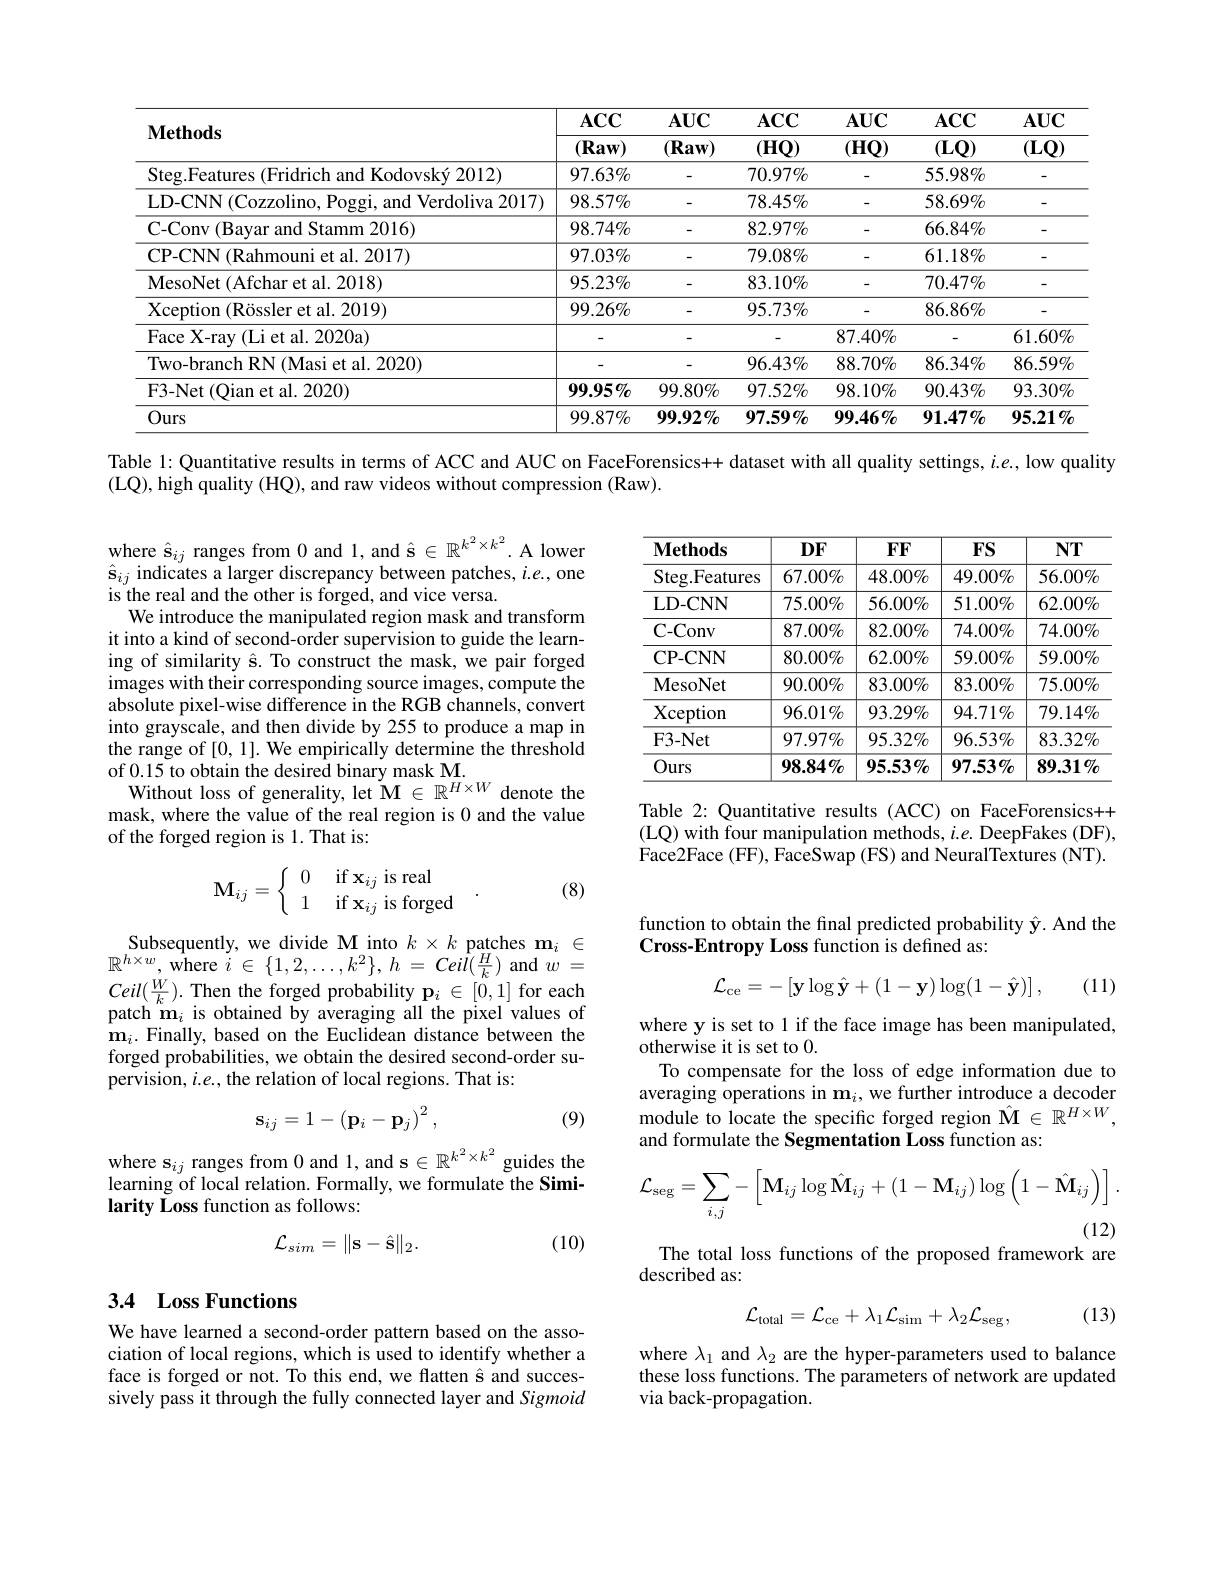
<table>
	<tbody>
		<tr>
			<th>$\mathbf{Methods}$</th>
			<th>$\mathbf{ACC}$ $(\mathbf{Raw})$</th>
			<th>$\mathbf{AUC}$ $(\mathbf{Raw})$</th>
			<th>$ACC$ $(\mathbf{HQ})$</th>
			<th>$AUC$ $(\mathbf{HQ})$</th>
			<th>$ACC$ $(\mathbf{LQ})$</th>
			<th>$\mathbf{AUC}$ $(\mathbf{LQ})$</th>
		</tr>
		<tr>
			<td>Steg.Features (Fridrich and Kodovský 2012)</td>
			<td>$97.63\%$</td>
			<td> </td>
			<td>$70.97\%$</td>
			<td> </td>
			<td>$55.98\%$</td>
			<td> </td>
		</tr>
		<tr>
			<td>LD-CNN (Cozzolino, Poggi, and Verdoliva 2017)</td>
			<td>$98.57\%$</td>
			<td> </td>
			<td>$78.45\%$</td>
			<td> </td>
			<td>$58.69\%$</td>
			<td> </td>
		</tr>
		<tr>
			<td>C- Conv ( Bayar and Stamm 2016) </td>
			<td>$98.74\%$</td>
			<td> </td>
			<td>$82.97\%$</td>
			<td> </td>
			<td>$66.84\%$</td>
			<td> </td>
		</tr>
		<tr>
			<td>CP-CNN(Rahmouni et al. 2017)</td>
			<td>$97.03\%$</td>
			<td> </td>
			<td>$79.08\%$</td>
			<td> </td>
			<td>$61.18\%$</td>
			<td> </td>
		</tr>
		<tr>
			<td>MesoNet ( Afchar et al. 2018) </td>
			<td>$95.23\%$</td>
			<td> </td>
			<td>$83.10\%$</td>
			<td> </td>
			<td>$70.47\%$</td>
			<td> </td>
		</tr>
		<tr>
			<td>Xception (Rössler et al. 2019)</td>
			<td>$99.26\%$</td>
			<td> </td>
			<td>$95.73\%$</td>
			<td> </td>
			<td>$86.86\%$</td>
			<td> </td>
		</tr>
		<tr>
			<td>Face X-ray (Li et al. 2020a)</td>
			<td> </td>
			<td> </td>
			<td> </td>
			<td>$87.40\%$</td>
			<td> </td>
			<td>$61.60\%$</td>
		</tr>
		<tr>
			<td>Two-branch RN (Masi et al. 2020)</td>
			<td> </td>
			<td> </td>
			<td>$96.43\%$</td>
			<td>$88.70\%$</td>
			<td>$86.34\%$</td>
			<td>$86.59\%$</td>
		</tr>
		<tr>
			<td>F3-Net (Qian et al. 2020)</td>
			<td>$99.95\%$</td>
			<td>$99.80\%$</td>
			<td>$97.52\%$</td>
			<td>$98.10\%$</td>
			<td>$90.43\%$</td>
			<td>$93.30\%$</td>
		</tr>
		<tr>
			<td>Ours</td>
			<td>$99.87\%$</td>
			<td>$99.92\%$</td>
			<td>$97.59\%$</td>
			<td>$99.46\%$</td>
			<td>$\mathbf{91.47}\%$</td>
			<td>$95.21\%$</td>
		</tr>
	</tbody>
</table>

Table 1: Quantitative results in terms of ACC and AUC on FaceForensics++ dataset with all quality settings, $i.e.$, low quality

(LQ), high quality (HQ), and raw videos without compression (Raw).

<table>
	<tbody>
		<tr>
			<th>$\mathbf{Methods}$</th>
			<th>$DF$</th>
			<th>$FFF$</th>
			<th>$FS$</th>
			<th>$NT$</th>
		</tr>
		<tr>
			<td>Steg.Features</td>
			<td>$67.00\%$</td>
			<td>$48.00\%$</td>
			<td>$49.00\%$</td>
			<td>$56.00\%$</td>
		</tr>
		<tr>
			<td>LD- CNN</td>
			<td>$75.00\%$</td>
			<td>$56.00\%$</td>
			<td>$51.00\%$</td>
			<td>$62.00\%$</td>
		</tr>
		<tr>
			<td>C- Conv</td>
			<td>$87.00\%$</td>
			<td>$82.00\%$</td>
			<td>$74.00\%$</td>
			<td>$74.00\%$</td>
		</tr>
		<tr>
			<td>CP- CNN</td>
			<td>$80.00\%$</td>
			<td>$62.00\%$</td>
			<td>$59.00\%$</td>
			<td>$59.00\%$</td>
		</tr>
		<tr>
			<td>MesoNet</td>
			<td>$90.00\%$</td>
			<td>$83.00\%$</td>
			<td>$83.00\%$</td>
			<td>$75.00\%$</td>
		</tr>
		<tr>
			<td>Xception</td>
			<td>$96.01\%$</td>
			<td>$93.29\%$</td>
			<td>$94.71\%$</td>
			<td>$79.14\%$</td>
		</tr>
		<tr>
			<td>$\mathbf{F3-Net}$</td>
			<td>$97.97\%$</td>
			<td>$95.32\%$</td>
			<td>$96.53\%$</td>
			<td>$83.32\%$</td>
		</tr>
		<tr>
			<td>Ours</td>
			<td>$98.84\%$</td>
			<td>$95.53\%$</td>
			<td>$97.53\%$</td>
			<td>$89.31\%$</td>
		</tr>
	</tbody>
</table>

where $\hat{\mathbf{s}}_{ij}$ ranges from 0 and 1, and $\hat{\mathbf{s}}\in\mathbb{R}^k^2\times k^2.$ A lower $\hat{\mathbf{s}}_{ij}$ indicates a larger discrepancy between patches, $i.e.$,one is the real and the other is forged, and vice versa.
We introduce the manipulated region mask and transform it into a kind of second-order supervision to guide the learning of similarity ê. To construct the mask, we pair forged images with their corresponding source images, compute the absolute pixel-wise difference in the RGB channels, convert into grayscale, and then divide by 255 to produce a map in the range of [0, 1]. We empirically determine the threshold of 0.15 to obtain the desired binary mask M.
Without loss of generality, let $\mathbf{M}\in\mathbb{R}^{H\times W}$ denote the mask, where the value of the real region is 0 and the value of the forged region is 1.That is:

Table 2: Quantitative results (ACC) on FaceForensics++ (LQ) with four manipulation methods, $i.e.$ DeepFakes (DF), Face2Face ( FF) , FaceSwap ( FS) and NeuralTextures ( NT) .

(8)
$$\mathbf{M}_{ij}=\left\{\begin{array}{ll}0&\text{if}\mathbf{x}_{ij}\text{is real}\\1&\text{if}\mathbf{x}_{ij}\text{is forged}\end{array}\right..$$
function to obtain the final predicted probability $\hat{\mathbf{y}}.$ And the
Cross-Entropy Loss function is defined as:
$$\mathcal{L}_{\mathrm{ce}}=-\left[\mathbf{y}\log\hat{\mathbf{y}}+(1-\mathbf{y})\log(1-\hat{\mathbf{y}})\right],$$
(11)

$\begin{array}{c}{\mathrm{Subsequently,~we~divide~M~into~}k\times k~patches~m_{i}~\in}\\{\mathrm{Subsequently,~we~divide~M~into~}k\times k~patches~m_{i}~\in}\end{array}$ $\mathbb{R}^{h\times w}$,where $i\in\{1,2,\ldots,k^{2}\},h=Ceil(\frac Hk)$ and $\dot{w}=$ $Ceil(\frac{\dot{W}}{k}).$Then the forged probability $\mathbf{p}_i\in[0,1]$ for each patch $\mathbf{m}_i$ is obtained by averaging all the pixel values of $\mathbf{m}_{i}.$ Finally, based on the Euclidean distance between the forged probabilities, we obtain the desired second-order supervision, $i.e.$, the relation of local regions. That is:

where y is set to 1 if the face image has been manipulated,
otherwise it is set to 0.
To compensate for the loss of edge information due to averaging operations in $\mathbf{m}_i$, we further introduce a decoder module to locate the specific forged region $\hat{\mathbf{M}}\in\mathbb{R}^{H\times W}$, and formulate the Segmentation Loss function as:

(9)
$$\mathbf{s}_{ij}=1-\left(\mathbf{p}_i-\mathbf{p}_j\right)^2,$$
where s$_ij$ ranges from 0 and 1, and s$\in\mathbb{R}^k^2\times k^2$ guides the learning of local relation. Formally, we formulate the Similarity Loss function as follows:
$$\mathcal{L}_{\mathrm{seg}}=\sum_{i,j}-\left[\mathbf{M}_{ij}\log\hat{\mathbf{M}}_{ij}+(1-\mathbf{M}_{ij})\log\left(1-\hat{\mathbf{M}}_{ij}\right)\right].$$
The total loss functions of the proposed framework are
$$\mathcal{L}_{sim}=\|\mathbf{s}-\hat{\mathbf{s}}\|_{2}.$$
(10)

described as:

## 3.4 Loss Functions

(13)
$$\mathcal{L}_{\mathrm{total}}=\mathcal{L}_{\mathrm{ce}}+\lambda_{1}\mathcal{L}_{\mathrm{sim}}+\lambda_{2}\mathcal{L}_{\mathrm{seg}},$$
We have learned a second-order pattern based on the association of local regions, which is used to identify whether a face is forged or not. To this end, we flatten ê and successively pass it through the fully connected layer and Sigmoid

where $\lambda_1$ and $\lambda_2$ are the hyper-parameters used to balance these loss functions. The parameters of network are updated via back-propagation.